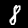
Label: 8